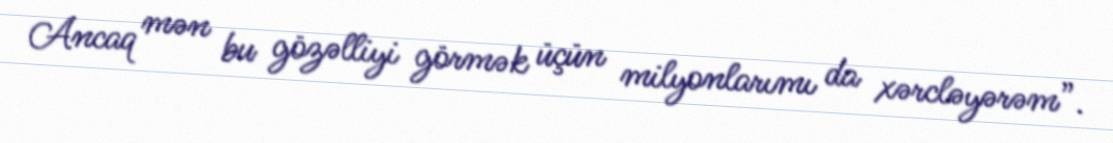
Ancaq mən bu gözəlliyi görmək üçün milyonlarımı da xərcləyərəm”.